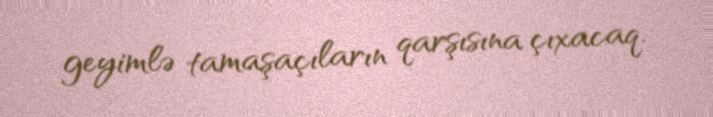
geyimlə tamaşaçıların qarşısına çıxacaq.